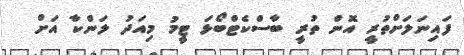
ފައިނަލަށްތުރީ އޮން ތުރީ ބާސްކެޓްބޯޅަ ޓީމު މިއަދު ލަންކާ އަށް